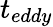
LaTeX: t_{eddy}